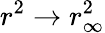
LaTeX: r^{2}\to r_{\infty}^{2}